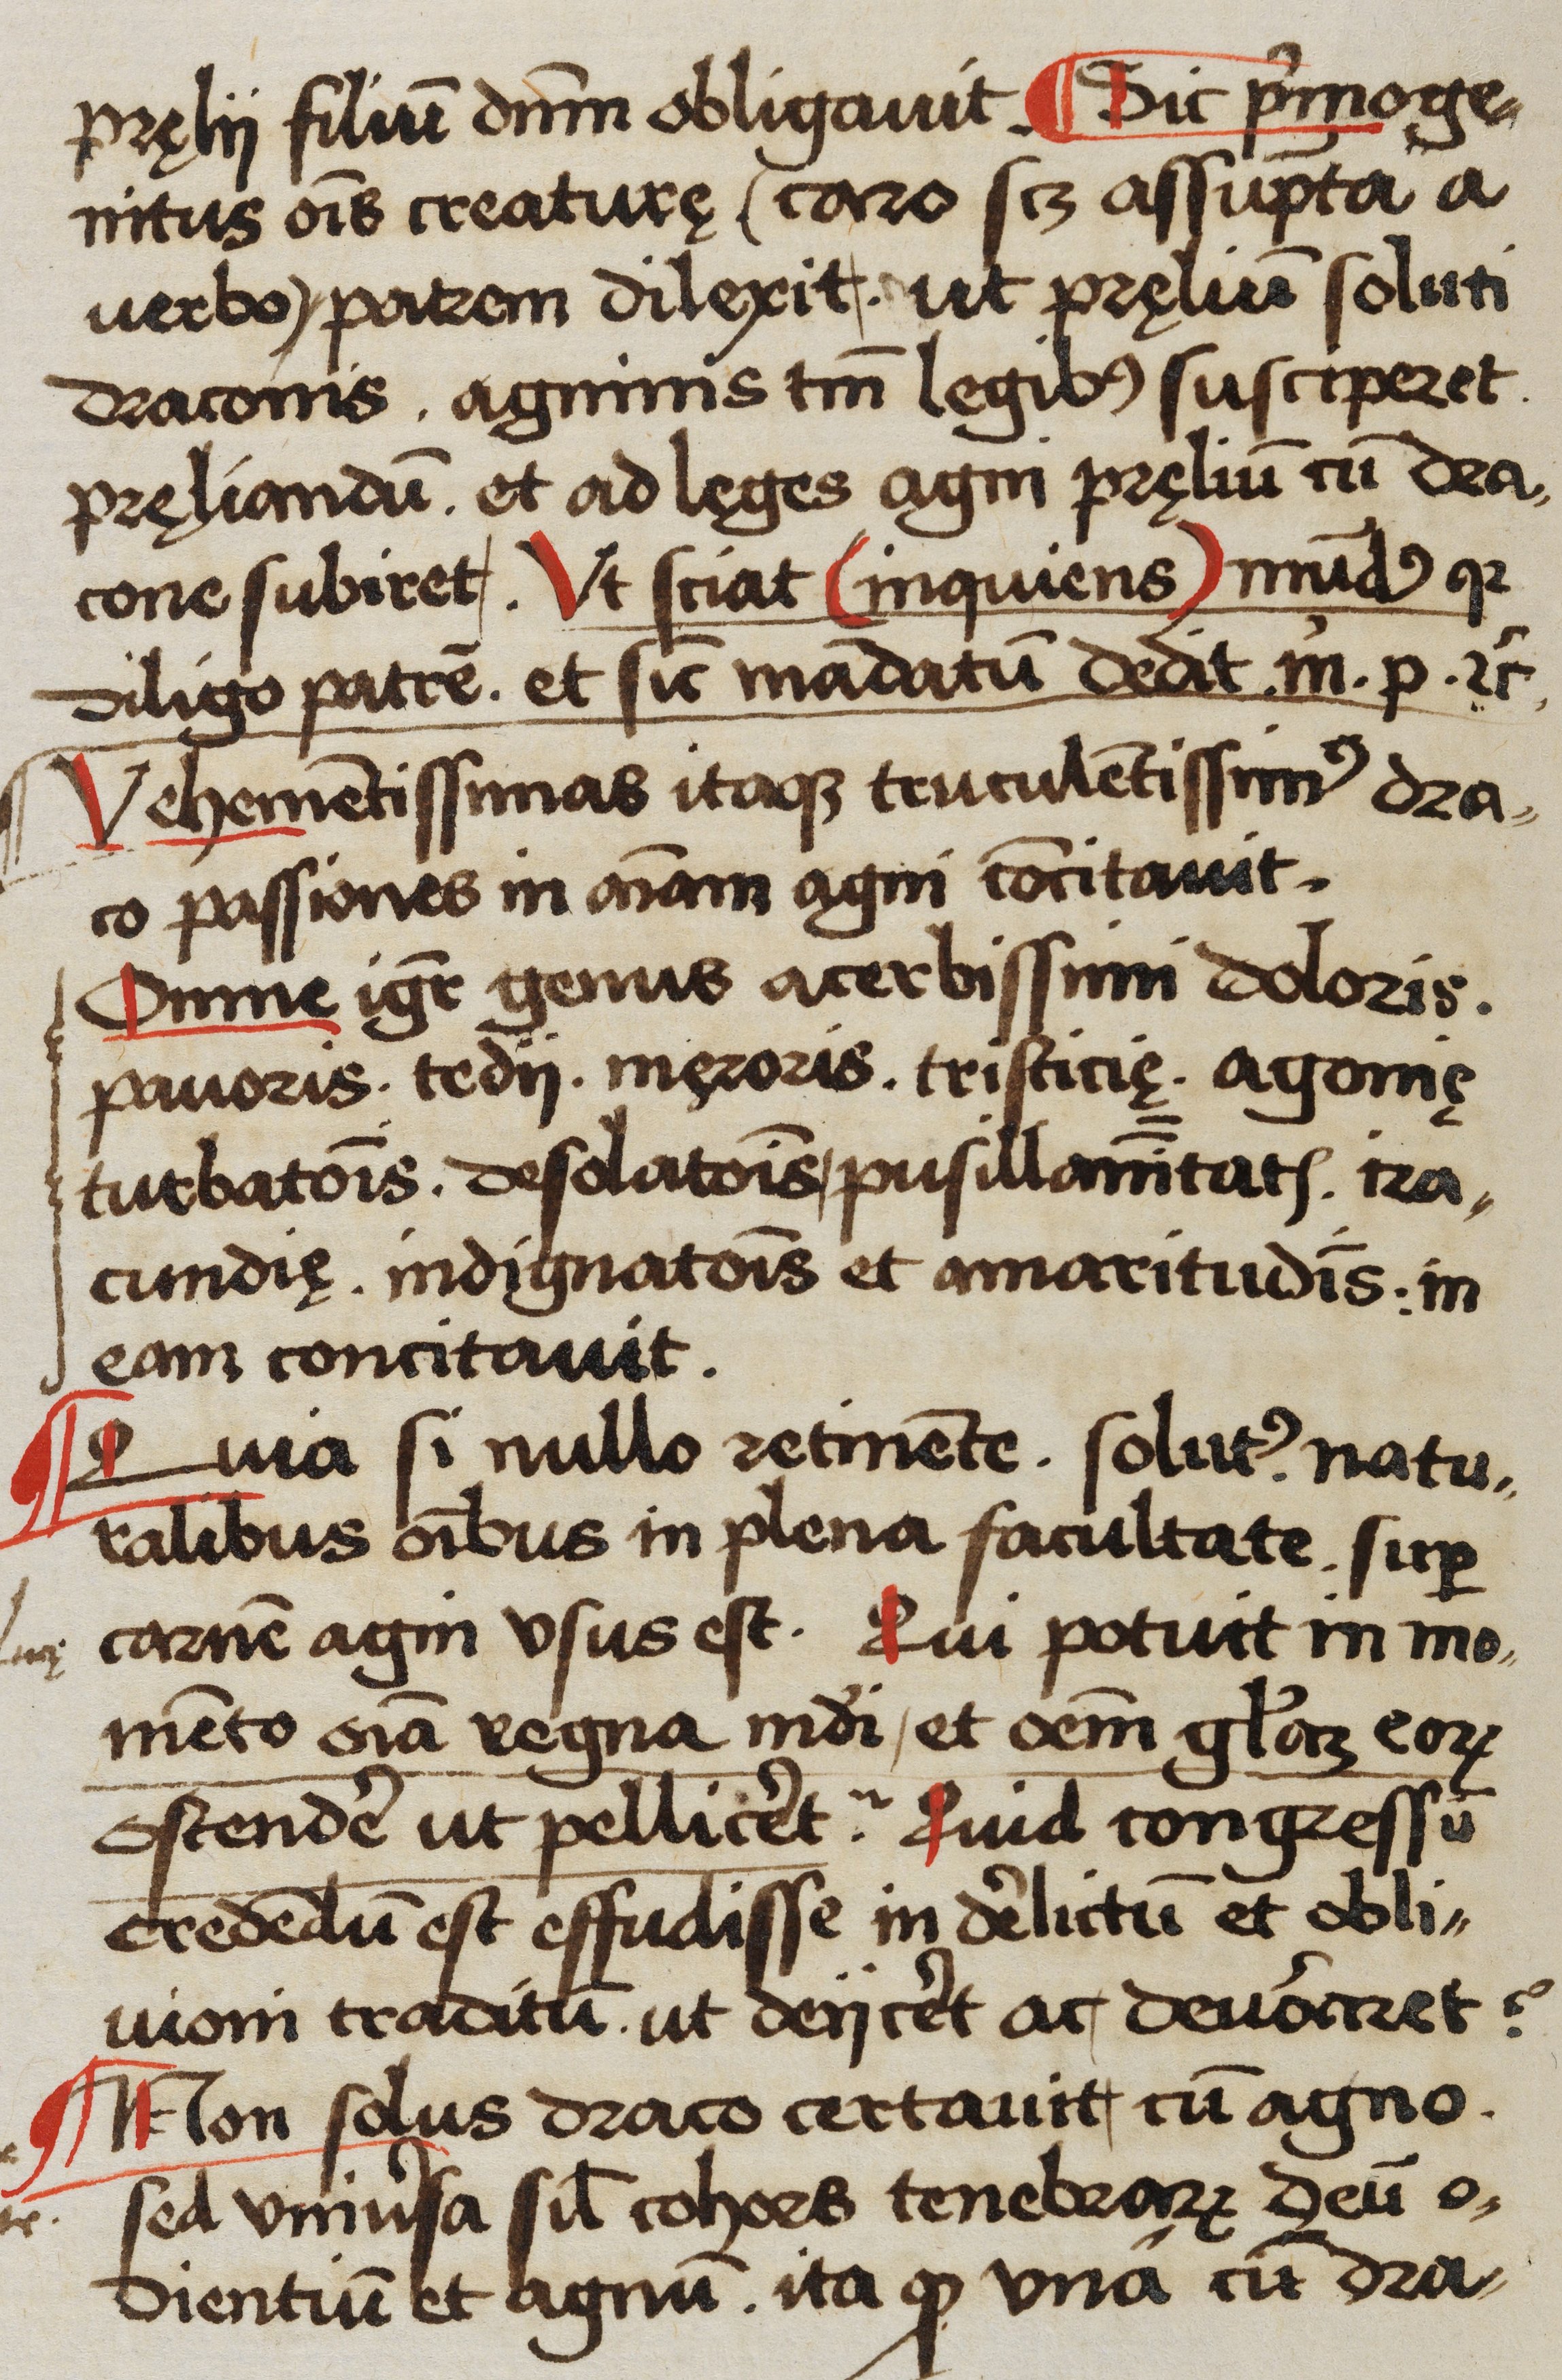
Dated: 1523–1523